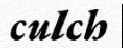
culch